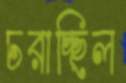
চরাচ্ছিল